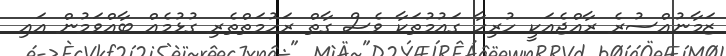
ޒަމާނުއްސުރެ ރާއްޖެއަކީ ހުރިހާ ގައުމުތަކާ ވެސް ގާތް ރަހުމަތްތެރި ގުޅުމެއް ބާއްވަމުން އައި